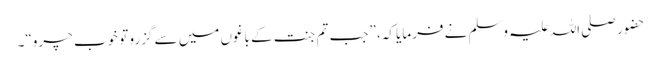
حضور صلی اللہ علیہ وسلم نے فرمایا کہ، ”جب تم جنت کے باغوں میں سے گزرو تو خوب چرو“۔